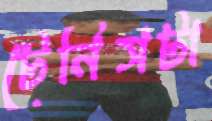
টেনিসটা